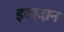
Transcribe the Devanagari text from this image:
इबादान